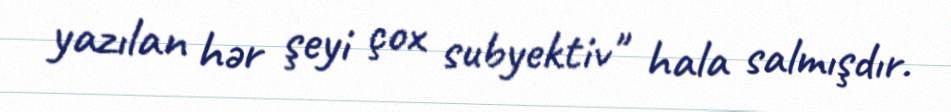
yazılan hər şeyi çox subyektiv" hala salmışdır.